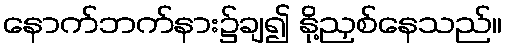
နောက်ဘက်နား၌ချ၍ နို့ညှစ်နေသည်။